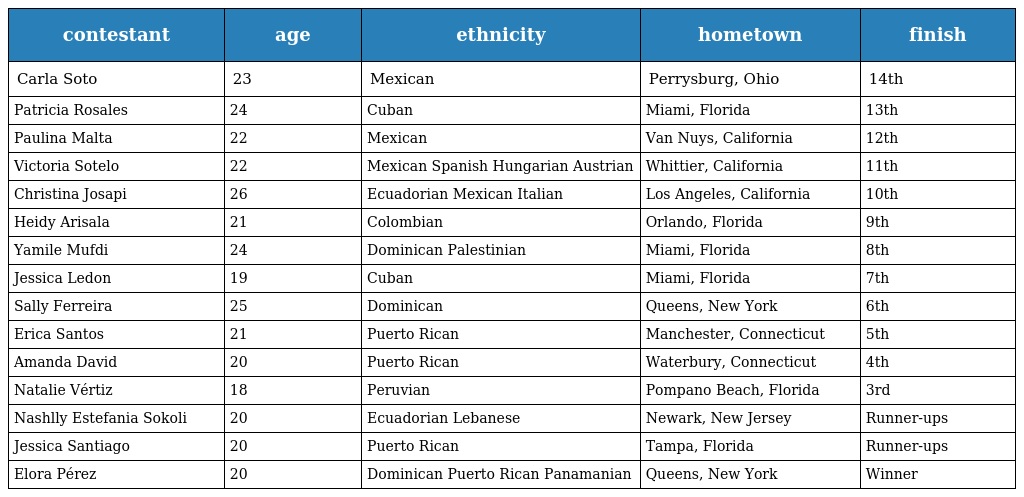
| contestant | age | ethnicity | hometown | finish |
 | --- | --- | --- | --- | --- |
 | Carla Soto | 23 | Mexican | Perrysburg, Ohio | 14th |
 | Patricia Rosales | 24 | Cuban | Miami, Florida | 13th |
 | Paulina Malta | 22 | Mexican | Van Nuys, California | 12th |
 | Victoria Sotelo | 22 | Mexican Spanish Hungarian Austrian | Whittier, California | 11th |
 | Christina Josapi | 26 | Ecuadorian Mexican Italian | Los Angeles, California | 10th |
 | Heidy Arisala | 21 | Colombian | Orlando, Florida | 9th |
 | Yamile Mufdi | 24 | Dominican Palestinian | Miami, Florida | 8th |
 | Jessica Ledon | 19 | Cuban | Miami, Florida | 7th |
 | Sally Ferreira | 25 | Dominican | Queens, New York | 6th |
 | Erica Santos | 21 | Puerto Rican | Manchester, Connecticut | 5th |
 | Amanda David | 20 | Puerto Rican | Waterbury, Connecticut | 4th |
 | Natalie Vértiz | 18 | Peruvian | Pompano Beach, Florida | 3rd |
 | Nashlly Estefania Sokoli | 20 | Ecuadorian Lebanese | Newark, New Jersey | Runner-ups |
 | Jessica Santiago | 20 | Puerto Rican | Tampa, Florida | Runner-ups |
 | Elora Pérez | 20 | Dominican Puerto Rican Panamanian | Queens, New York | Winner |